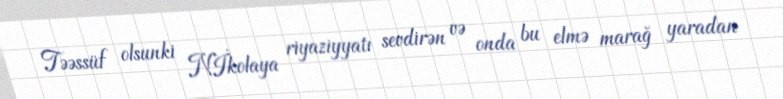
Təəssüf olsunki Nİkolaya riyaziyyatı sevdirən və onda bu elmə marağ yaradan